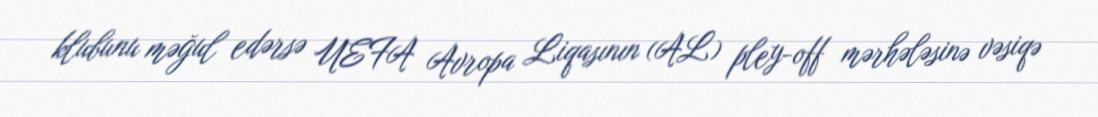
klubunu məğul edərsə UEFA Avropa Liqasının (AL) pley-off mərhələsinə vəsiqə